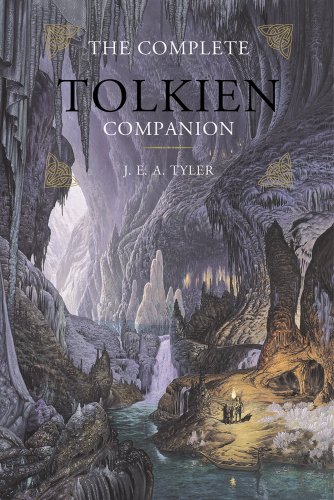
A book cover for The Complete Tolkien Companion; J. E. A. Tyler; Science Fiction & Fantasy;